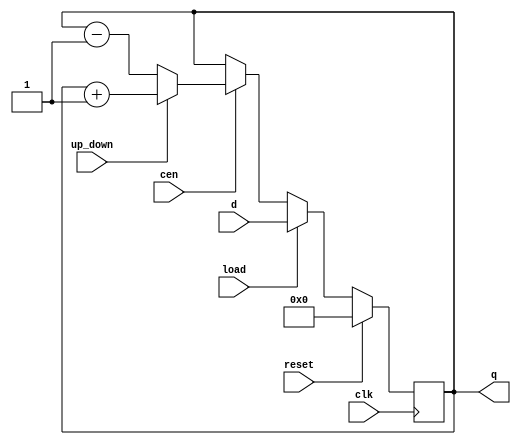
module loadable_counter (
    input wire clk,          // Clock signal
    input wire reset,        // Synchronous reset
    input wire load,         // Load enable
    input wire cen,          // Count enable
    input wire up_down,      // Up/Down control (1 for up, 0 for down)
    input wire [7:0] d,      // Data input for loading
    output reg [7:0] q       // Count output
);

    // Synchronous reset and load logic
    always @(posedge clk) begin
        if (reset) begin
            q <= 8'b0;        // Reset the counter to 0
        end else if (load) begin
            q <= d;           // Load the new value into the counter
        end else if (cen) begin
            if (up_down) begin
                q <= q + 1;   // Increment the counter
            end else begin
                q <= q - 1;   // Decrement the counter
            end
        end
        // If cen is not asserted, hold the current value
    end

endmodule